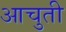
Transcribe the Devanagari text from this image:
आचुती